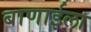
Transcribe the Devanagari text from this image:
बाणाईला